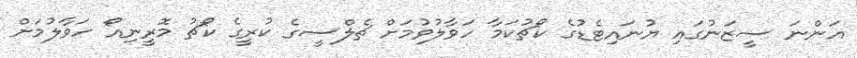
އަންނަ ސީޒަނުގައި ޔުނައިޓެޑުގެ ކޯޗުކަމާ ހަވާލުވުމަށް ޗެލްސީގެ ކުރީގެ ކޯޗު މޮރީނިއޯ ހަވާލުމަށް